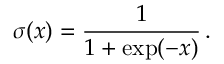
\sigma ( x ) = \frac { 1 } { 1 + \exp ( - x ) } \, .